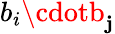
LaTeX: b_{i}\cdotb_{\mathbf{j}}